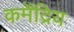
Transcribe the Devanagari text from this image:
कर्मेंद्रिय